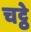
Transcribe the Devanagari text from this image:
चट्ठे